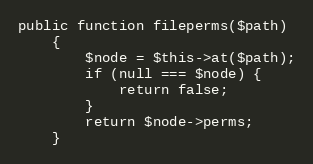
Language: PHP
public function fileperms($path)
    {
        $node = $this->at($path);
        if (null === $node) {
            return false;
        }
        return $node->perms;
    }